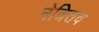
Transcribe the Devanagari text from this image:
नेत्रितव